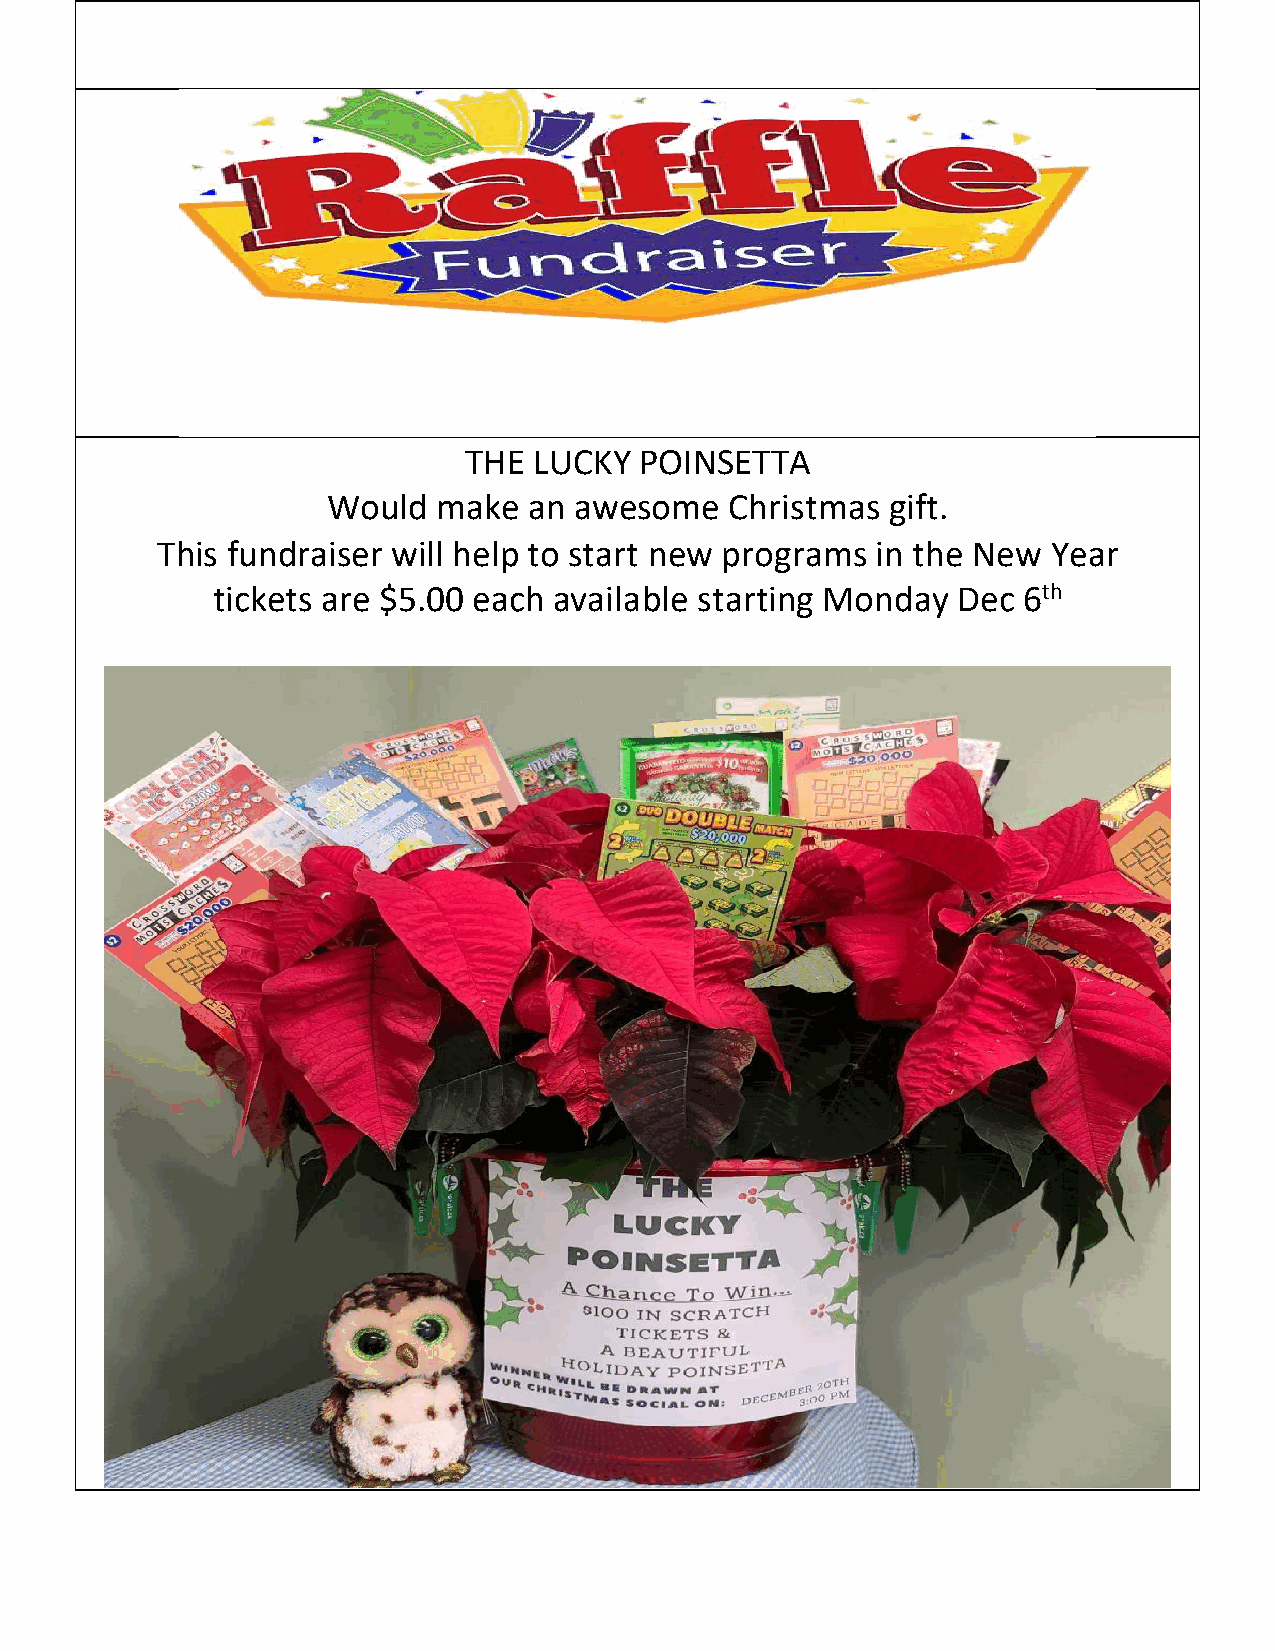
THE LUCKY  POINSETTA
 Would  make  an awesome   Christmas  gift.
 This fundraiser will help to start new programs in the New  Year
 tickets are $5.00 each available starting Monday Dec  6th